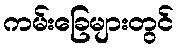
ကမ်းခြေများတွင်